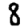
Digit: 8